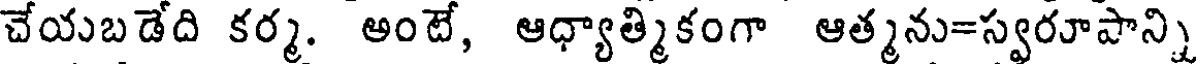
చేయబడేది కర్మ. అంటే, ఆధ్యాత్మికంగా ఆత్మను=స్వరూపాన్ని